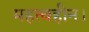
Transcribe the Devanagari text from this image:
महत्वहीन।